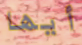
أيها